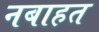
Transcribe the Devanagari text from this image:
नबाहत